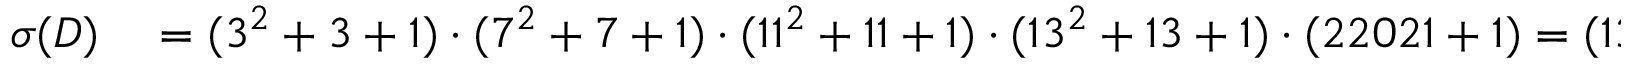
\begin{array} { r l } { \sigma ( D ) } & { { } = ( 3 ^ { 2 } + 3 + 1 ) \cdot ( 7 ^ { 2 } + 7 + 1 ) \cdot ( 1 1 ^ { 2 } + 1 1 + 1 ) \cdot ( 1 3 ^ { 2 } + 1 3 + 1 ) \cdot ( 2 2 0 2 1 + 1 ) = ( 1 3 ) \cdot ( 3 \cdot 1 9 ) \cdot ( 7 \cdot 1 9 ) \cdot ( 3 \cdot 6 1 ) \cdot ( 2 2 \cdot 1 0 0 1 ) } \end{array}